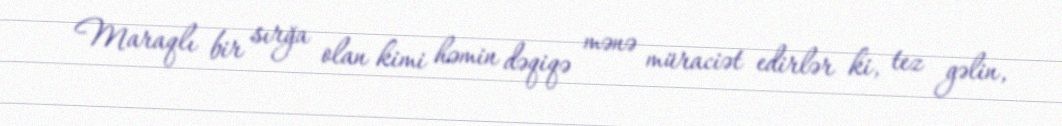
Maraqlı bir sırğa olan kimi həmin dəqiqə mənə müraciət edirlər ki, tez gəlin,